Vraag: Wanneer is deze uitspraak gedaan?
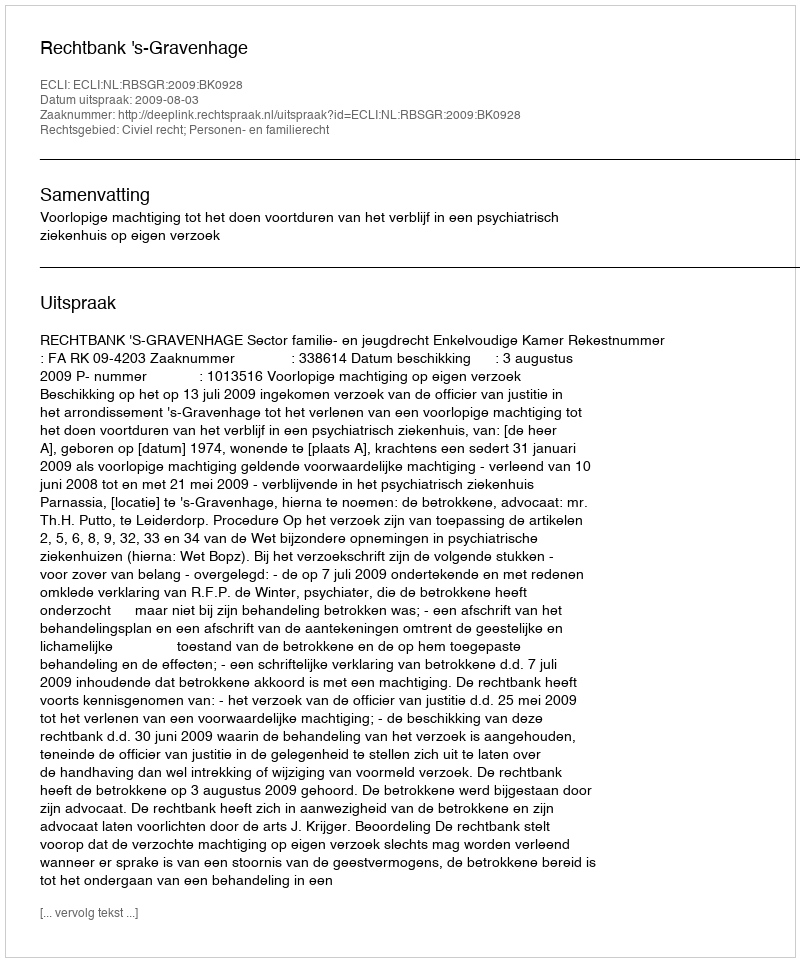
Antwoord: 2009-08-03